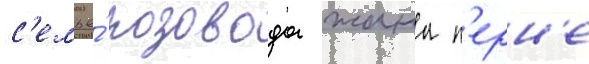
с'емье́ розовода жана п'ерн'е